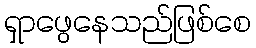
ရှာဖွေနေသည်ဖြစ်စေ